画像に写った文字を読んでください
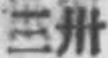
「三卅」と書いてあります